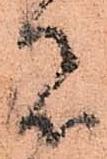
者